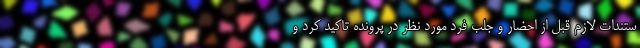
ستندات لازم قبل از احضار و جلب فرد مورد نظر در پرونده تاکید کرد و